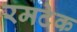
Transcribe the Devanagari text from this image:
रमटेक